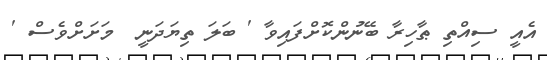
އެއީ ސިއްތި ޠާހިރާ ބޭނުންކޮށްފައިވާ ' ބަލަ ތިޔަދަނީ  މަށަށްވެސް '